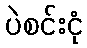
ပဲစင်းငုံ